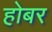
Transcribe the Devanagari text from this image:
होबर